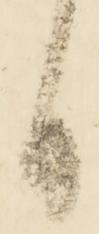
日